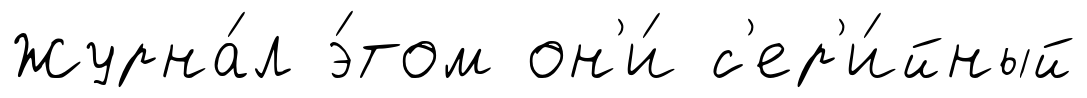
Журна́л э́том он'и́ с'ер'и́йный